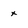
Character: x